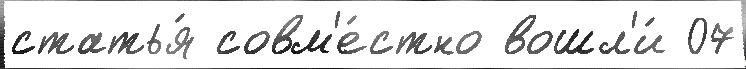
статья́ совм'е́стно вошл'и́ 07